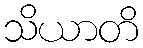
သိယာတိ